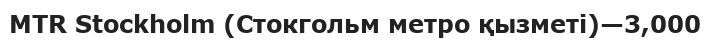
MTR Stockholm (Стокгольм метро қызметі)—3,000